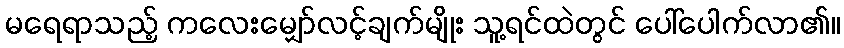
မရေရာသည့် ကလေးမျှော်လင့်ချက်မျိုး သူ့ရင်ထဲတွင် ပေါ်ပေါက်လာ၏။